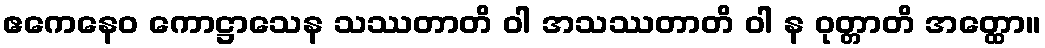
ဧကေနေဝ ကောဋ္ဌာသေန သဿတာတိ ဝါ အသဿတာတိ ဝါ န ဝုတ္တာတိ အတ္ထော။